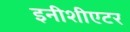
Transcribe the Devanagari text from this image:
इनीशीएटर